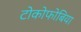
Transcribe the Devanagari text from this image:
टोकोफोबिया